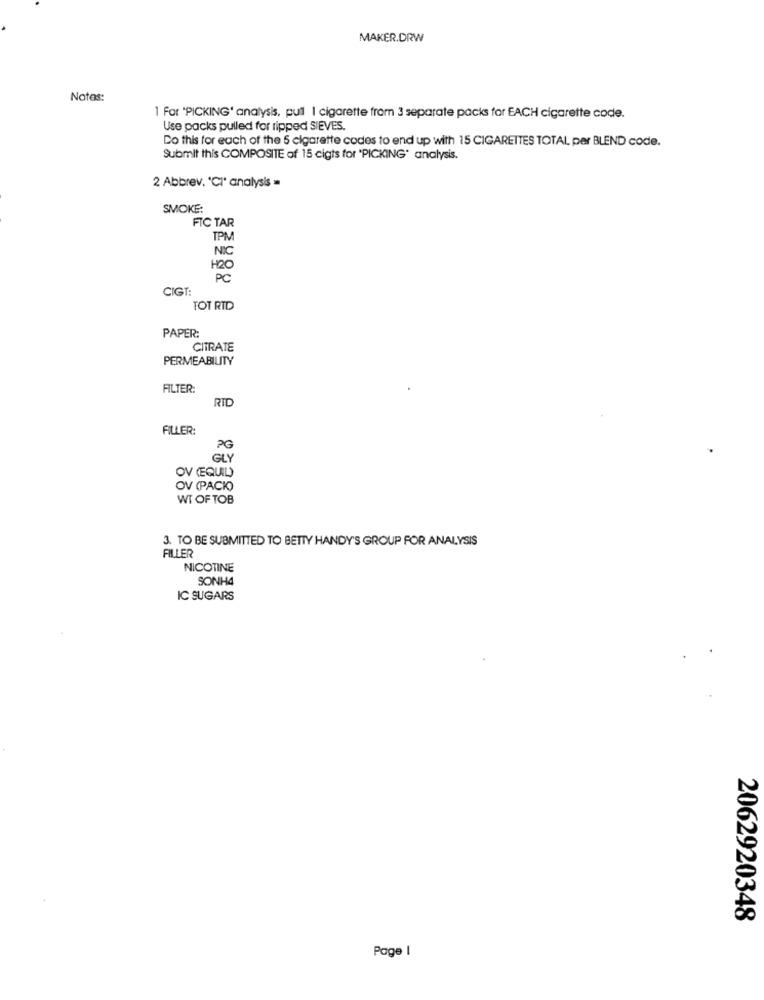
MAKER.DRW
Notes:
1 For 'PICKING' analysis, pull | cigarette from 3 separate packs for EACH cigarette code.
Use packs pulled for ripped SIEVES.
Do this for each of the 5 cigarette codes to end up with 15 CIGARETTES TOTAL per BLEND code.
Submit this COMPOSITE of 15 cigts for "PICKING' analysis.
2 Abbrev. "CI" analysis =
SMOKE:
FIC TAR
TPM
NIC
H2C
PC
CIGT:
TOT RTD
PAPER:
CITRATE
PERMEABILITY
FILTER:
RID
FILLER:
PG
GLY
OV (EQUIL)
OV (PACK)
WI OF TOB
3. TO BE SUBMITTED TO BETTY HANDY'S GROUP FOR ANALYSIS
FILLER
NICOTINE
SONH4
IC SUGARS
2062920348
Page I